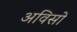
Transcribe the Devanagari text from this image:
अविसो